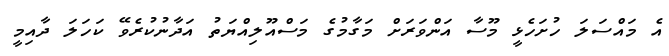
އެ މައްސަލަ ހުށަހެޅީ މޫސާ އަންވަރަށް މަގާމުގެ މަސްއޫލިއްޔަތު އަދާނުކުރެވޭ ކަހަލަ ދާއިމީ